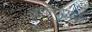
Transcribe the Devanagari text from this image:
लाकगायक